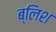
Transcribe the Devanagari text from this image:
ब्लिश